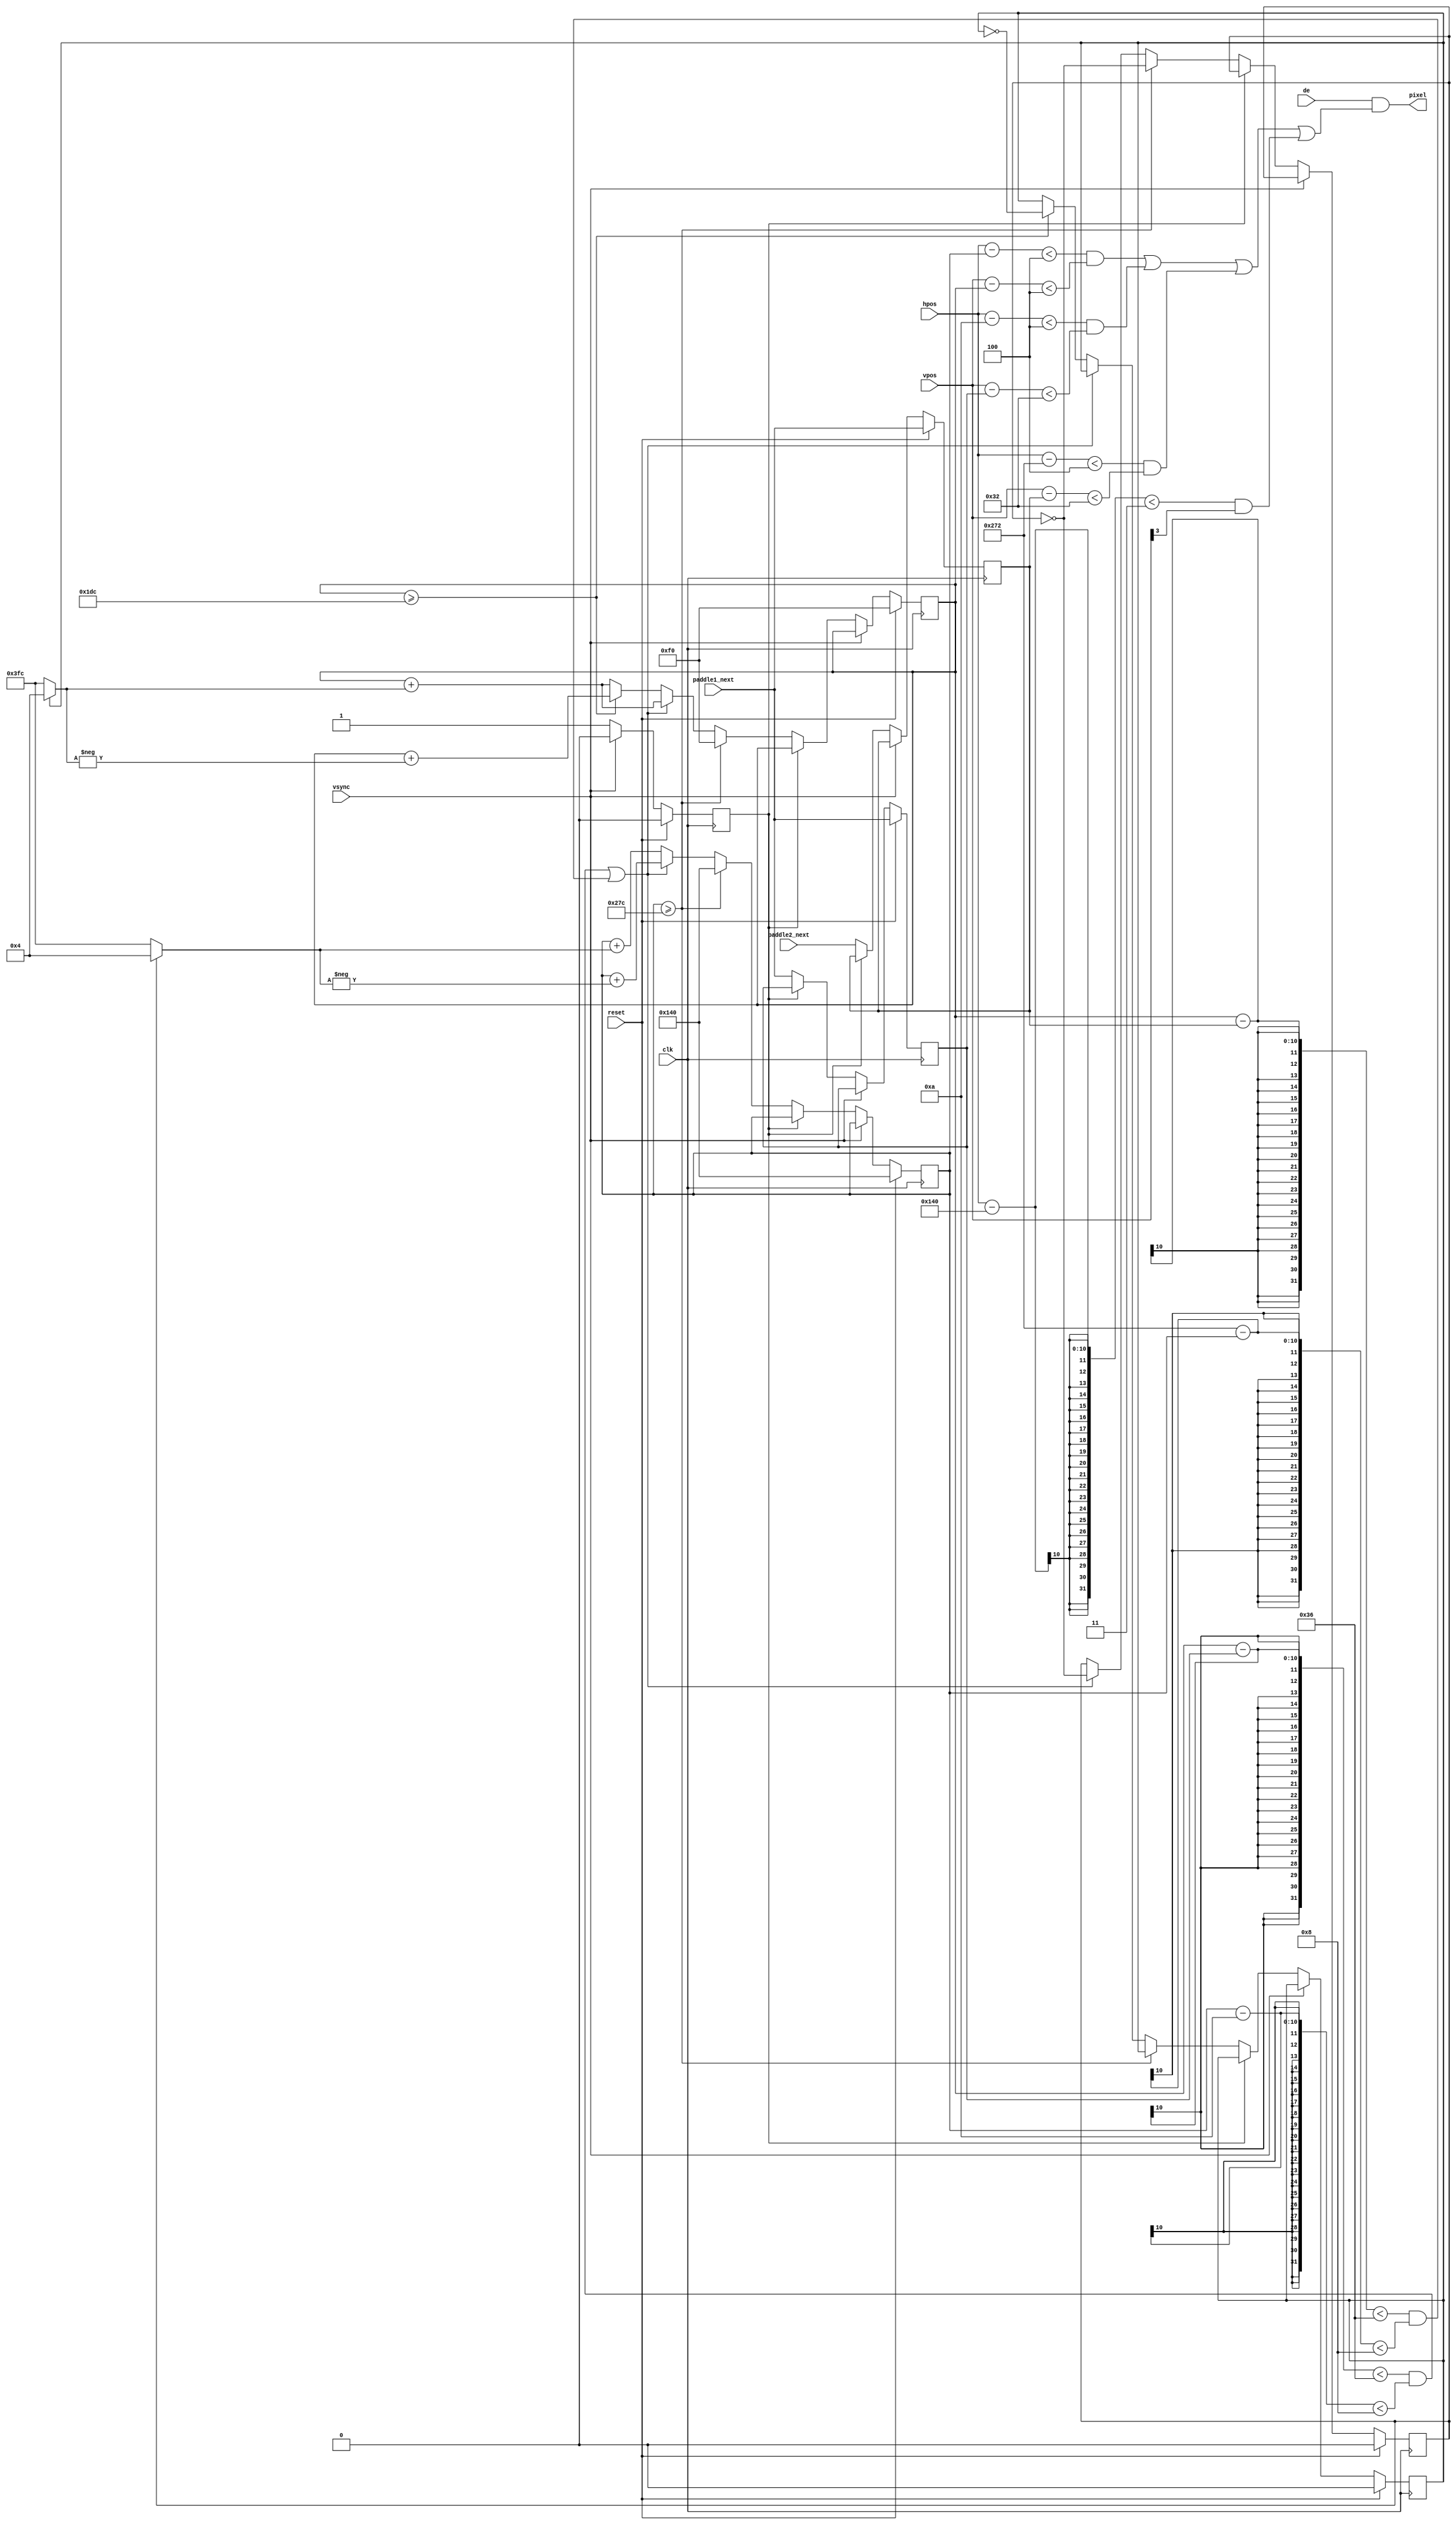
`default_nettype none
`timescale 1ns/1ns
module pong (
    input wire clk,
    input wire reset,
    input wire vsync,
    input wire [9:0] paddle1_next,
    input wire [9:0] paddle2_next,
    input wire [9:0] hpos,
    input wire [9:0] vpos,
    input wire de,
    output wire pixel
);
    localparam BALL_SIZE = 4;
    localparam BALL_SPEED = 4;
    localparam PADDLE_WIDTH = 4;
    localparam PADDLE_HEIGHT = 50;
    localparam PADDLE1_HPOS = 10;
    localparam PADDLE2_HPOS = 626;
    localparam NET_WIDTH = 3;
    localparam NET_HPOS = 320;

    localparam ball_v_init = 240;
    localparam ball_h_init = 320;

    reg [9:0] ball_hpos;
    reg [9:0] ball_vpos;
    reg ball_h_dir, ball_v_dir;

    reg [9:0] paddle1_vpos;
    reg [9:0] paddle2_vpos;

    wire [9:0] ball_hdiff = hpos - ball_hpos;
    wire [9:0] ball_vdiff = vpos - ball_vpos;
    wire ball_hgfx = ball_hdiff < BALL_SIZE;
    wire ball_vgfx = ball_vdiff < BALL_SIZE;
    wire ball_gfx = ball_hgfx && ball_vgfx;

    wire [9:0] p1_hdiff = hpos - PADDLE1_HPOS;
    wire [9:0] p1_vdiff = vpos - paddle1_vpos;
    wire p1_hgfx = p1_hdiff < PADDLE_WIDTH;
    wire p1_vgfx = p1_vdiff < PADDLE_HEIGHT;
    wire paddle1_gfx = p1_hgfx && p1_vgfx;

    wire [9:0] p2_hdiff = hpos - PADDLE2_HPOS;
    wire [9:0] p2_vdiff = vpos - paddle2_vpos;
    wire p2_hgfx = p2_hdiff < PADDLE_WIDTH;
    wire p2_vgfx = p2_vdiff < PADDLE_HEIGHT;
    wire paddle2_gfx = p2_hgfx && p2_vgfx;

    wire net_hgfx = hpos - NET_HPOS < NET_WIDTH;
    wire net_vgfx = vpos[3];
    wire net_gfx = net_hgfx && net_vgfx;

    wire ball_collide_paddle1 =
         ball_vpos - paddle1_vpos < PADDLE_HEIGHT + BALL_SIZE &&
         ball_hpos - PADDLE1_HPOS < PADDLE_WIDTH + BALL_SIZE;
    wire ball_collide_paddle2 =
         ball_vpos - paddle2_vpos < PADDLE_HEIGHT + BALL_SIZE &&
         PADDLE2_HPOS - ball_hpos < PADDLE_WIDTH + BALL_SIZE;
    wire ball_collide_paddle = ball_collide_paddle1 || ball_collide_paddle2;

    wire ball_v_collide = ball_vpos >= 480 - BALL_SIZE;
    wire ball_h_collide = ball_hpos >= 640 - BALL_SIZE;

    wire [9:0] ball_h_move = ball_h_dir ? BALL_SPEED : -BALL_SPEED;
    wire [9:0] ball_v_move = ball_v_dir ? BALL_SPEED : -BALL_SPEED;

    reg updated_this_frame;

    always @(posedge clk) begin
        if (reset) begin
            ball_h_dir <= 0;
            ball_v_dir <= 0;
            paddle1_vpos <= paddle1_next;
            paddle2_vpos <= paddle1_next;
            ball_hpos <= ball_h_init;
            ball_vpos <= ball_v_init;
            updated_this_frame <= 0;
        end else begin
            if (!vsync) begin
                if (!updated_this_frame) begin
                    if (ball_h_collide) begin
                        ball_h_dir <= ~ball_h_dir;
                        ball_hpos <= ball_h_init;
                        ball_vpos <= ball_v_init;
                    end else if (ball_collide_paddle) begin
                        ball_h_dir <= ~ball_h_dir;
                        ball_hpos <= ball_hpos + -ball_h_move;
                        ball_vpos <= ball_vpos + ball_v_move;
                    end else if (ball_v_collide) begin
                        ball_v_dir <= ~ball_v_dir;
                        ball_hpos <= ball_hpos + ball_h_move;
                        ball_vpos <= ball_vpos + -ball_v_move;
                    end else begin
                        ball_hpos <= ball_hpos + ball_h_move;
                        ball_vpos <= ball_vpos + ball_v_move;
                    end
                    updated_this_frame <= 1;
                    paddle1_vpos <= paddle1_next;
                    paddle2_vpos <= paddle2_next;
                end
            end else begin
                updated_this_frame <= 0;
            end
        end
    end

    assign pixel = de && (ball_gfx || paddle1_gfx || paddle2_gfx || net_gfx);
endmodule